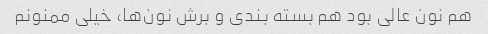
هم نون عالی بود هم بسته بندی و برش نون‌ها، خیلی ممنونم